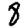
Digit: 8